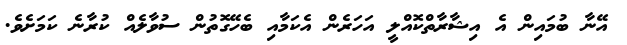
އޭނާ ބުމައިން އެ އިޝާރާތްކޮއްލީ އަހަރެން އެކަމާއި ބެހޭގޮތުން ސުވާލެއް ކުރާނެ ކަމަށެވެ.